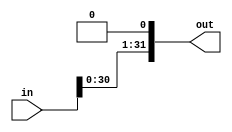
module mult2_P2
    #(parameter Width = 32)
(
    input  [Width-1:0] in,
    output [Width-1:0] out
);
    assign out = in << 1; // logical shift left by 1-bit
endmodule